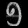
Digit: ၅